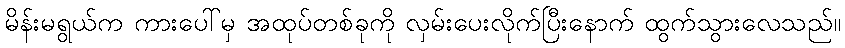
မိန်းမရွယ်က ကားပေါ်မှ အထုပ်တစ်ခုကို လှမ်းပေးလိုက်ပြီးနောက် ထွက်သွားလေသည်။